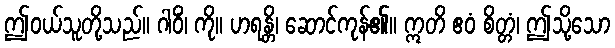
ဤဝယ်သူတို့သည်။ ဂါဝိံ၊ ကို။ ဟရန္တိ၊ ဆောင်ကုန်၏။ ဣတိ ဧဝံ စိတ္တံ၊ ဤသို့သော